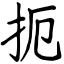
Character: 扼